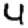
Digit: 4